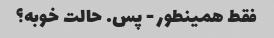
فقط همینطور - پس. حالت خوبه؟